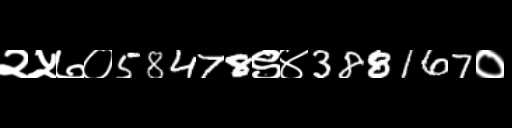
Text: २५७०58478९४388167०